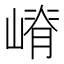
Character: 嵴